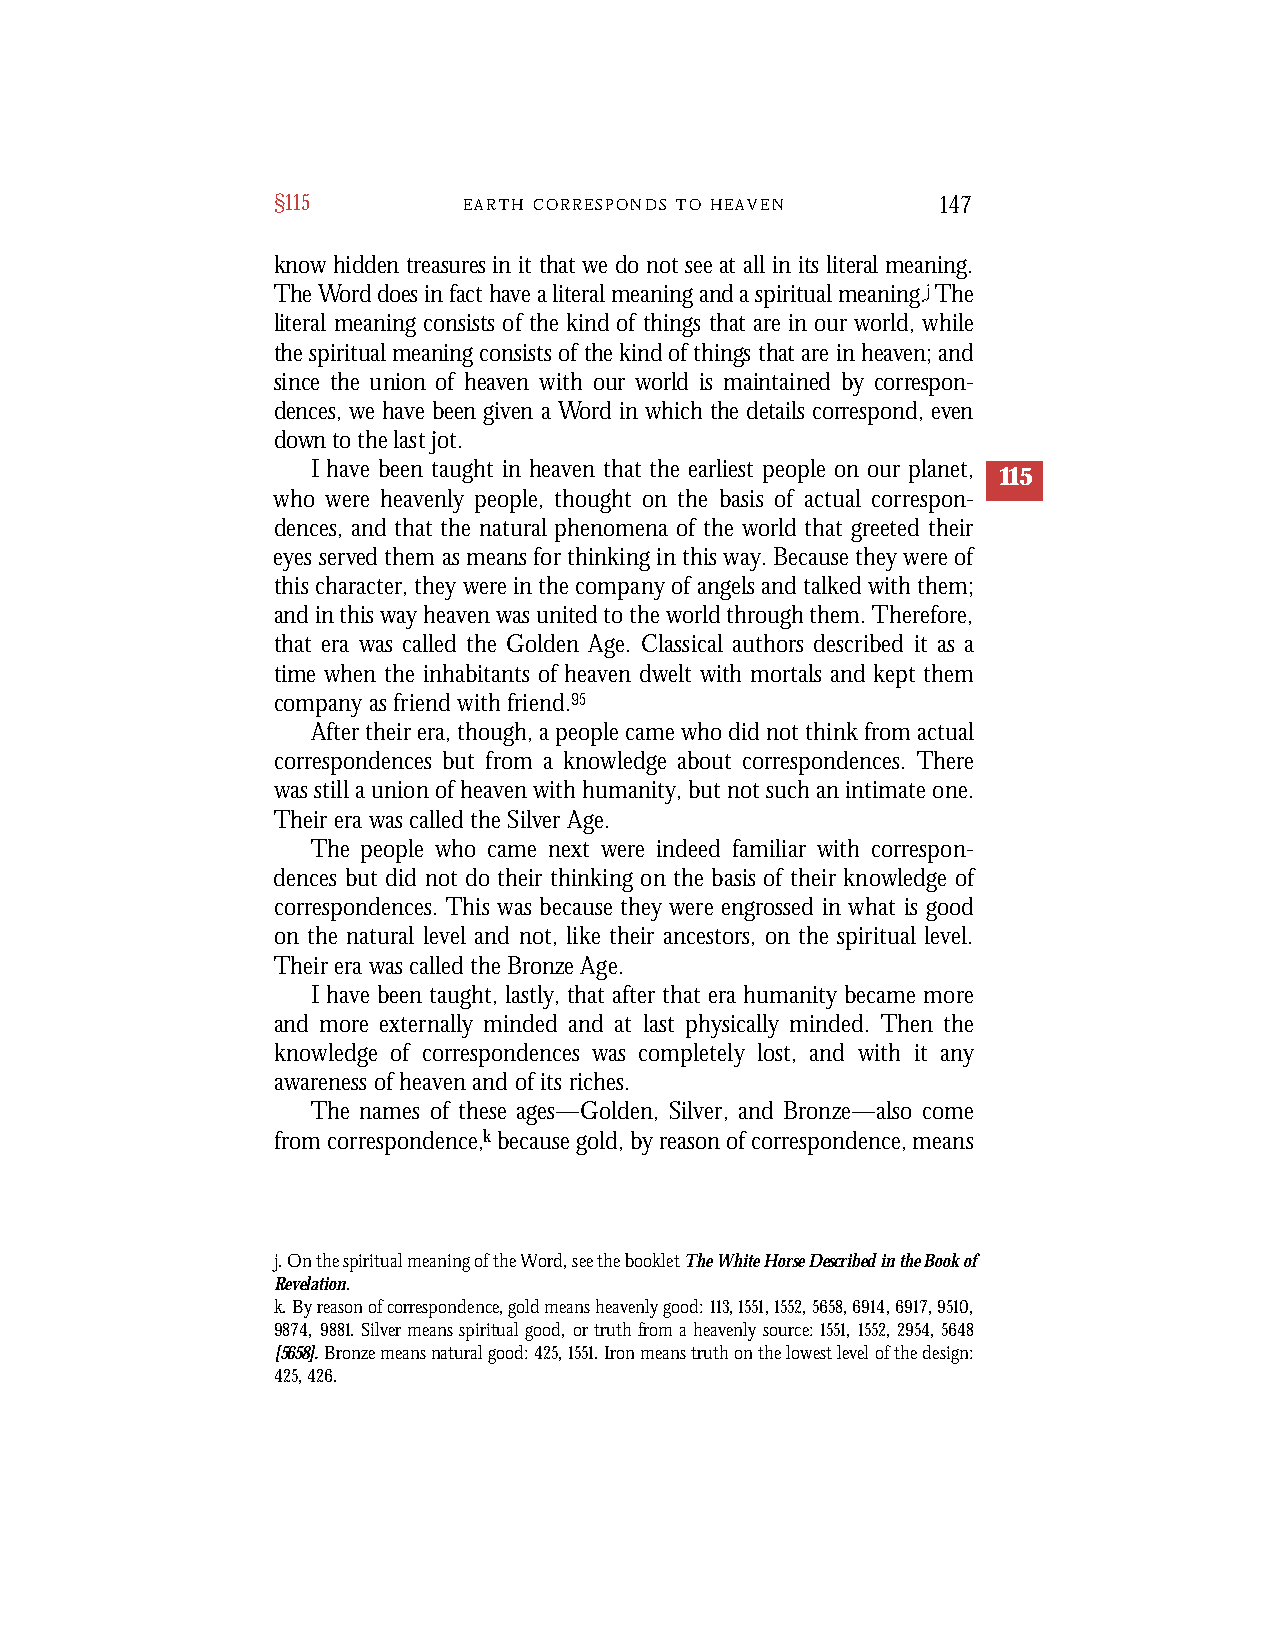
§115         E A R T H C O R R E S P O N D S T O H E A V E N 147
 kn o w hidden trea s u r es in it that we do not see at all in its literal meaning.
 The Wor d does in fact have a literal meaning and a spiritual meaning.jTh e
 literal meaning consists of the kind of things that are in our world, while
 the spiritual meaning consists of the kind of things that are in heaven; and
 since the union of heaven with our world is maintained by corres p o n -
 dences, we have been given a Wor d in which the details correspond, even
 do wn to the last jot.
 I have been taught in heaven that the earliest people on our planet,
 115
 who were heavenly people, thought on the basis of actual correspon-
 dences, and that the natural phenomena of the world that greeted their
 eyes served them as means for thinking in this way. Because they were of
 this character, they were in the company of angels and talked with them;
 and in this way heaven was united to the world through them. Therefore,
 that era was called the Golden Age. Classical authors described it as a
 time when the inhabitants of heaven dwelt with mortals and kept them
 company as friend with friend.95
 After their era, though, a people came who did not think from actual
 correspondences but from a knowledge about correspondences. There
 was still a union of heaven with humanity, but not such an intimate one.
 Their era was called the Silver Age.
 The people who came next were indeed familiar with correspon-
 dences but did not do their thinking on the basis of their knowledge of
 correspondences. This was because they were engrossed in what is good
 on the natural level and not, like their ancestors, on the spiritual level.
 Their era was called the Bronze Age.
 I have been taught, lastly, that after that era humanity became more
 and more externally minded and at last physically minded. Then the
 knowledge of correspondences was completely lost, and with it any
 awareness of heaven and of its riches.
 The names of these ages—Golden, Silver, and Bronze—also come
 from correspondence,kbecause gold, by reason of correspondence, means
 j. On the spiritual meaning of the Word, see the booklet The White Horse Described in the Book of
 Revelation.
 k. By reason of correspondence, gold means heavenly good: 113,1551,1552,5658,6914,6917,9510,
 9874, 9881. Silver means spiritual good, or truth from a heavenly source: 1551, 1552,2954, 5648
 [5658].Bronze means natural good: 425,1551. Iron means truth on the lowest level of the design:
 425, 426.